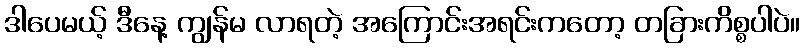
ဒါပေမယ့် ဒီနေ့ ကျွန်မ လာရတဲ့ အကြောင်းအရင်းကတော့ တခြားကိစ္စပါပဲ။